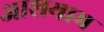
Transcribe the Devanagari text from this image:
आशयाभ